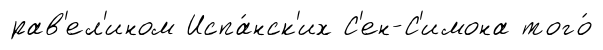
рав'ел'ином Испа́нск'их С'ен-С'имона того́